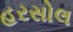
હરસોલ